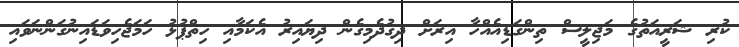
ކުރި ޝަރީއަތުގެ މަޖިލީސް ތިންގަޑިއެއްހާ އިރަށް ދިގުދެމިގެން ދިޔައިރު އެކަމާއި ހިތްޕުޅު ހަމަޖެހިވަޑައިނުގަންނަވައި